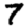
Digit: 7